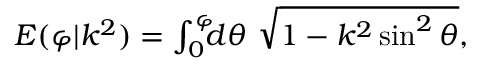
\begin{array} { r } { E ( \varphi | k ^ { 2 } ) = \int _ { 0 } ^ { \varphi } \! \! \! d \theta \ \sqrt { 1 - k ^ { 2 } \sin ^ { 2 } \theta } , } \end{array}